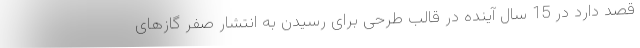
قصد دارد در 15 سال آینده در قالب طرحی برای رسیدن به انتشار صفر گازهای